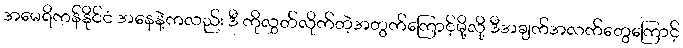
အမေရိကန်နိုင်ငံ အနေနဲ့ကလည်း ဒီ ကိုလွှတ်လိုက်တဲ့အတွက်ကြောင့်မို့လို့ ဒီအချက်အလက်တွေကြောင့်